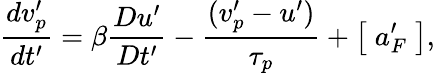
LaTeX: \frac{dv_{p}^{\prime}}{dt^{\prime}}=\beta\frac{Du^{\prime}}{Dt^{\prime}}-\frac{(v_{p}^{\prime}-u^{\prime})}{\tau_{p}}+\left[\; a_{F}^{\prime}\; \right],